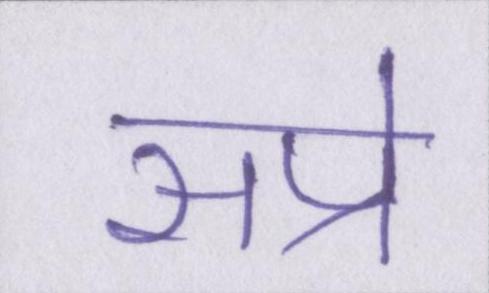
सप्रे